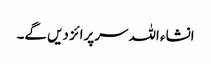
انشاء اللہ سرپرائز دیں گے۔